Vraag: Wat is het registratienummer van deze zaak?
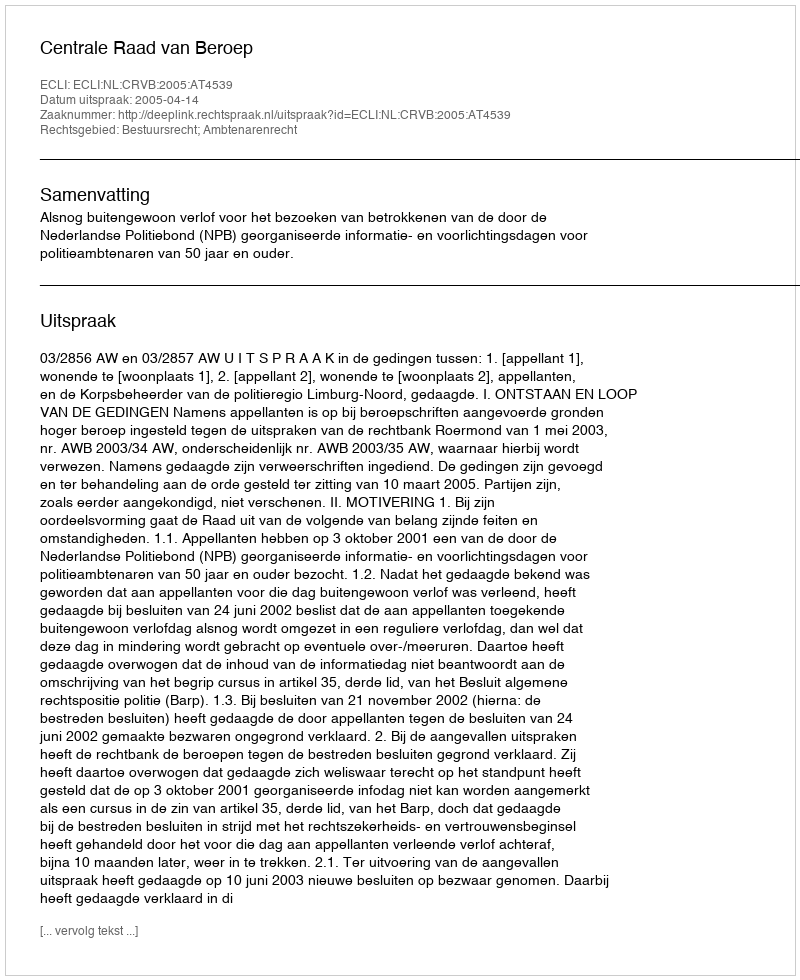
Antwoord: http://deeplink.rechtspraak.nl/uitspraak?id=ECLI:NL:CRVB:2005:AT4539